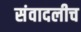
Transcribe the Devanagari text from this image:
संवादलीच